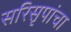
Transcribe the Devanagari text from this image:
सरिसृपांचा